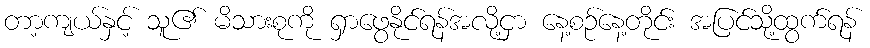
တာ့ကျယ်နှင့် သူ၏ မိသားစုကို ရှာဖွေနိုင်ရန်အလို့ငှာ နေ့စဉ်နေ့တိုင်း အပြင်သို့ထွက်ရန်